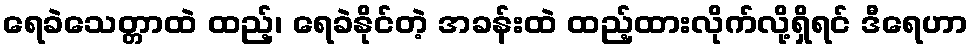
ရေခဲသေတ္တာထဲ ထည့်၊ ရေခဲနိုင်တဲ့ အခန်းထဲ ထည့်ထားလိုက်လို့ရှိရင် ဒီရေဟာ